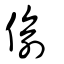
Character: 偷